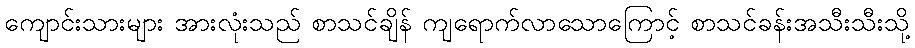
ကျောင်းသားများ အားလုံးသည် စာသင်ချိန် ကျရောက်လာသောကြောင့် စာသင်ခန်းအသီးသီးသို့